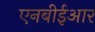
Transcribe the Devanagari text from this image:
एनबीईआर